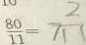
\frac { 8 0 } { 1 1 } = 7 \frac { 2 } { 1 1 }